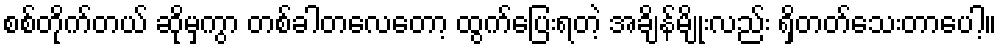
စစ်တိုက်တယ် ဆိုမှကွာ တစ်ခါတလေတော့ ထွက်ပြေးရတဲ့ အချိန်မျိုးလည်း ရှိတတ်သေးတာပေါ့။